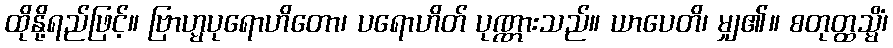
ထိုနို့ရည်ဖြင့်။ ဗြာဟ္မပုရောဟိတော၊ ပရောဟိတ် ပုဏ္ဏားသည်။ ယာပေတိ၊ မျှ၏။ စတုတ္ထသ္မိံ၊